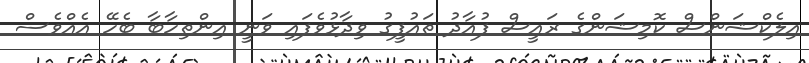
އިލެކްޝަންސް ކޮމިޝަންގެ ރައީސް ފުއާދު ތައުފީގު ވިދާޅުވެފައި ވަނީ އިންތިހާބާ ބެހޭ އެއްވެސް